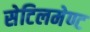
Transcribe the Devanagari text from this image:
सेटिलमेण्ट